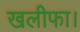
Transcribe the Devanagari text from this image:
खलीफा।